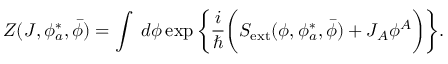
Z ( J , \phi _ { a } ^ { * } , \bar { \phi } ) = \int \; d \phi \exp \bigg \{ \frac { i } { \hbar } \bigg ( S _ { \mathrm { e x t } } ( \phi , \phi _ { a } ^ { * } , \bar { \phi } ) + J _ { A } \phi ^ { A } \bigg ) \bigg \} .